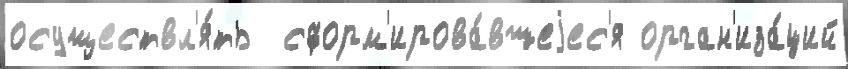
осуществл'я́ть  сформ'ирова́вшеjес'я орган'иза́ций